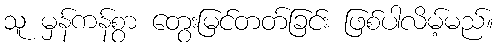
သူ မှန်ကန်စွာ တွေးမြင်တတ်ခြင်း ဖြစ်ပါလိမ့်မည်။